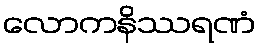
လောကနိဿရဏံ